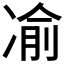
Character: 𫥓